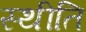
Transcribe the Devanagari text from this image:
स्थीति